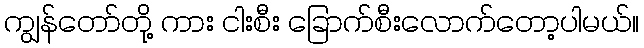
ကျွန်တော်တို့ ကား ငါးစီး ခြောက်စီးလောက်တော့ပါမယ်။